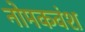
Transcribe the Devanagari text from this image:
नोमकवंश